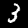
Label: 3